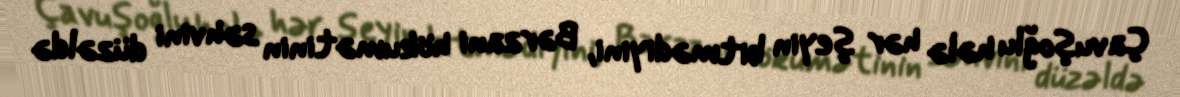
Çavuşoğlu hələ hər şeyin bitmədiyini, Bərzani hökumətinin səhvini düzəldə